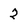
Character: 2